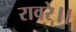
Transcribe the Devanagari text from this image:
रावरे।।